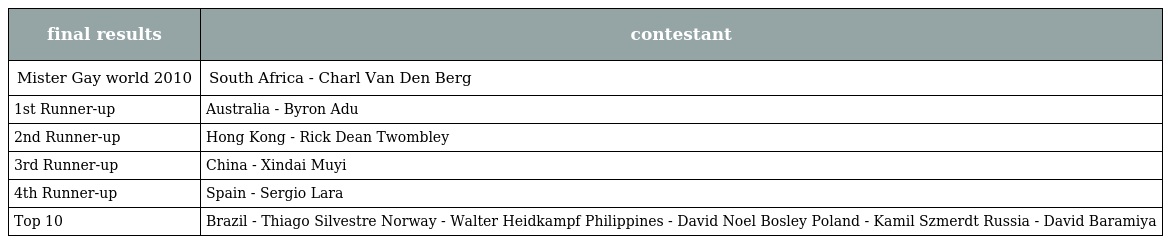
| final results | contestant |
 | --- | --- |
 | Mister Gay world 2010 | South Africa - Charl Van Den Berg |
 | 1st Runner-up | Australia - Byron Adu |
 | 2nd Runner-up | Hong Kong - Rick Dean Twombley |
 | 3rd Runner-up | China - Xindai Muyi |
 | 4th Runner-up | Spain - Sergio Lara |
 | Top 10 | Brazil - Thiago Silvestre Norway - Walter Heidkampf Philippines - David Noel Bosley Poland - Kamil Szmerdt Russia - David Baramiya |